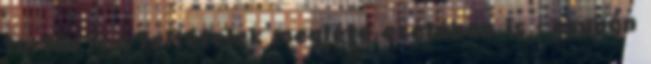
tartás – a feltételek megléte esetében is - csupán